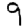
Digit: 9